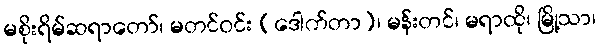
မစိုးရိမ်ဆရာတော်၊ မတင်ဝင်း (ဒေါက်တာ)၊ မန်းတင်၊ မရာထို၊ မြို့သာ၊